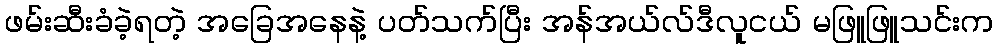
ဖမ်းဆီးခံခဲ့ရတဲ့ အခြေအနေနဲ့ ပတ်သက်ပြီး အန်အယ်လ်ဒီလူငယ် မဖြူဖြူသင်းက